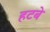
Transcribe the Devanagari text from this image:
हटबे